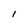
Character: l